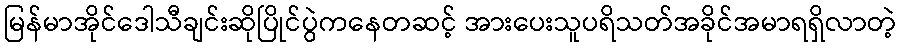
မြန်မာအိုင်ဒေါသီချင်းဆိုပြိုင်ပွဲကနေတဆင့် အားပေးသူပရိသတ်အခိုင်အမာရရှိလာတဲ့